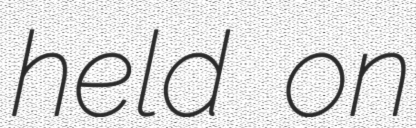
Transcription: held on